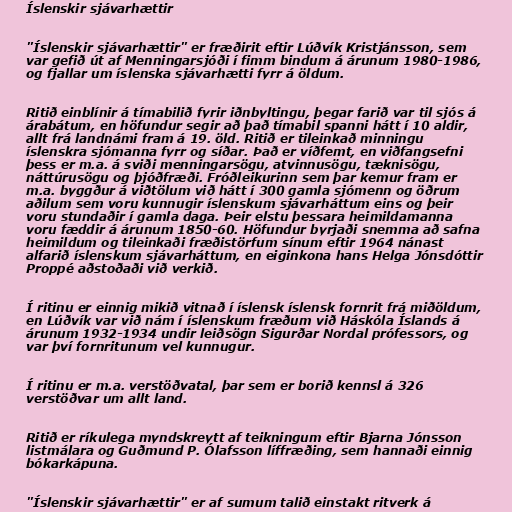
Íslenskir sjávarhættir

"Íslenskir sjávarhættir" er fræðirit eftir Lúðvík Kristjánsson, sem
var gefið út af Menningarsjóði í fimm bindum á árunum 1980-1986,
og fjallar um íslenska sjávarhætti fyrr á öldum.

Ritið einblínir á tímabilið fyrir iðnbyltingu, þegar farið var til sjós á
árabátum, en höfundur segir að það tímabil spanni hátt í 10 aldir,
allt frá landnámi fram á 19. öld. Ritið er tileinkað minningu
íslenskra sjómanna fyrr og síðar. Það er víðfemt, en viðfangsefni
þess er m.a. á sviði menningarsögu, atvinnusögu, tæknisögu,
náttúrusögu og þjóðfræði. Fróðleikurinn sem þar kemur fram er
m.a. byggður á viðtölum við hátt í 300 gamla sjómenn og öðrum
aðilum sem voru kunnugir íslenskum sjávarháttum eins og þeir
voru stundaðir í gamla daga. Þeir elstu þessara heimildamanna
voru fæddir á árunum 1850-60. Höfundur byrjaði snemma að safna
heimildum og tileinkaði fræðistörfum sínum eftir 1964 nánast
alfarið íslenskum sjávarháttum, en eiginkona hans Helga Jónsdóttir
Proppé aðstoðaði við verkið.

Í ritinu er einnig mikið vitnað í íslensk íslensk fornrit frá miðöldum,
en Lúðvík var við nám í íslenskum fræðum við Háskóla Íslands á
árunum 1932-1934 undir leiðsögn Sigurðar Nordal prófessors, og
var því fornritunum vel kunnugur.

Í ritinu er m.a. verstöðvatal, þar sem er borið kennsl á 326
verstöðvar um allt land.

Ritið er ríkulega myndskreytt af teikningum eftir Bjarna Jónsson
listmálara og Guðmund P. Ólafsson líffræðing, sem hannaði einnig
bókarkápuna.

"Íslenskir sjávarhættir" er af sumum talið einstakt ritverk á